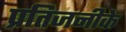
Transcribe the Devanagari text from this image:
प्रतिजनीके